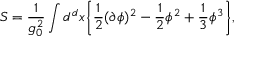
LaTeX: S = \frac { 1 } { g _ { 0 } ^ { 2 } } \int d ^ { d } x \bigg \{ \frac { 1 } { 2 } ( \partial \phi ) ^ { 2 } - \frac { 1 } { 2 } \phi ^ { 2 } + \frac { 1 } { 3 } \phi ^ { 3 } \bigg \} ,